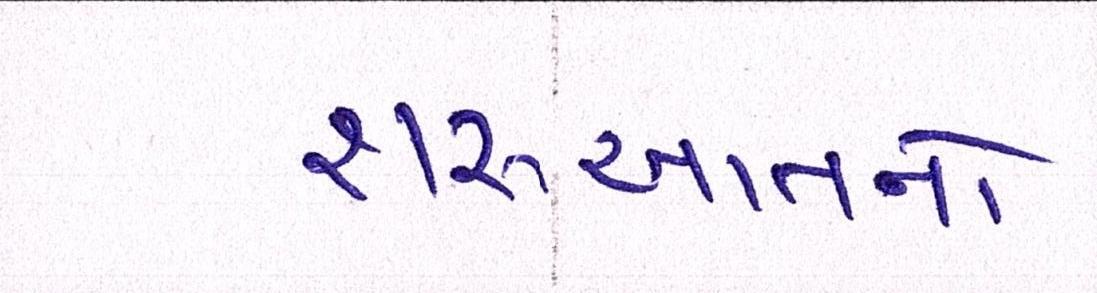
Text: શરૂઆતનો